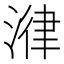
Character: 𣹕